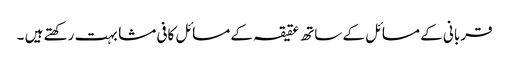
قربانی کے مسائل کے ساتھ عقیقہ کے مسائل کافی مشابہت رکھتے ہیں ۔